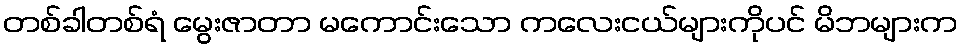
တစ်ခါတစ်ရံ မွေးဇာတာ မကောင်းသော ကလေးငယ်များကိုပင် မိဘများက